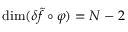
\mathrm { d i m } ( \delta \tilde { f } \circ \varphi ) = N - 2